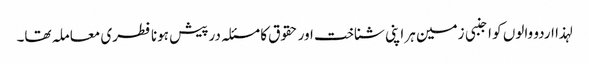
لہذا اردو والوں کو اجنبی زمین ہر اپنی شناخت اور حقوق کا مسئلہ درپیش ہونا فطری معاملہ تھا۔